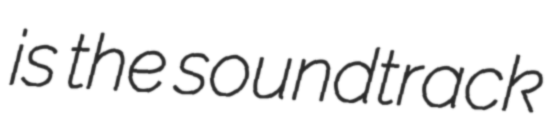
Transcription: is the soundtrack